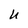
Character: U